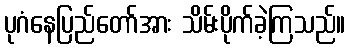
ပုဂံနေပြည်တော်အား သိမ်းပိုက်ခဲ့ကြသည်။